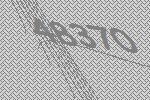
48370